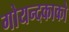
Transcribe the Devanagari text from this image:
गोयन्‍दकाको